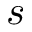
s